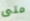
متى